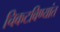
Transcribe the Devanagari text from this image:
चिकटविण्यांत